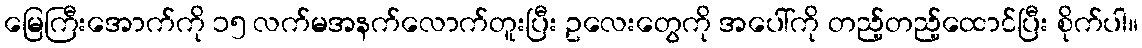
မြေကြီးအောက်ကို ၁၅ လက်မအနက်လောက်တူးပြီး ဥလေးတွေကို အပေါ်ကို တည့်တည့်ထောင်ပြီး စိုက်ပါ။